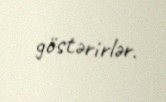
göstərirlər.